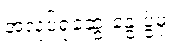
အလုပ်ရုံဆွေးနွေးပွဲမှ